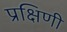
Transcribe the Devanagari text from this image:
प्रक्षिणी